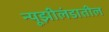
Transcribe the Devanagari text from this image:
न्यूझीलंडातील